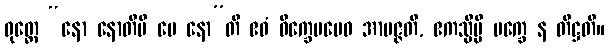
ဝုတ္တေ “နော နောတိပိ မေ နော”တိ ဧဝံ ဝိက္ခေပမေဝ အာပဇ္ဇတိ, ဧကသ္မိမ္ပိ ပက္ခေ န တိဋ္ဌတိ။